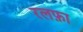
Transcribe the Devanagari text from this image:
रलफ़ा